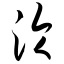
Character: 沦